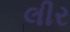
લીર